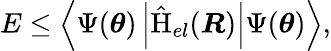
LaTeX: E\leq\left\langle\Psi(\boldsymbol{\theta})\left|\hat{\mathrm{H}}_{el}(\boldsymbol{R})\right|\Psi(\boldsymbol{\theta})\right\rangle,